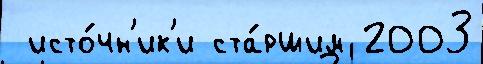
 исто́чн'ик'и ста́ршим 2003